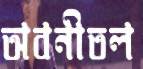
অবনীতল